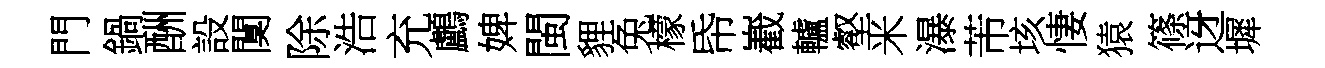
門鍋酬設闃除浩充鸕婢閩貍兔檬帋嶻轤壑米瀑芾垓悽猿篠迓墀